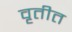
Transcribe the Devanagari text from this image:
वृतीत